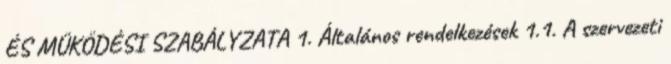
ÉS MŰKÖDÉSI SZABÁLYZATA 1. Általános rendelkezések 1.1. A szervezeti